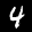
Label: 4